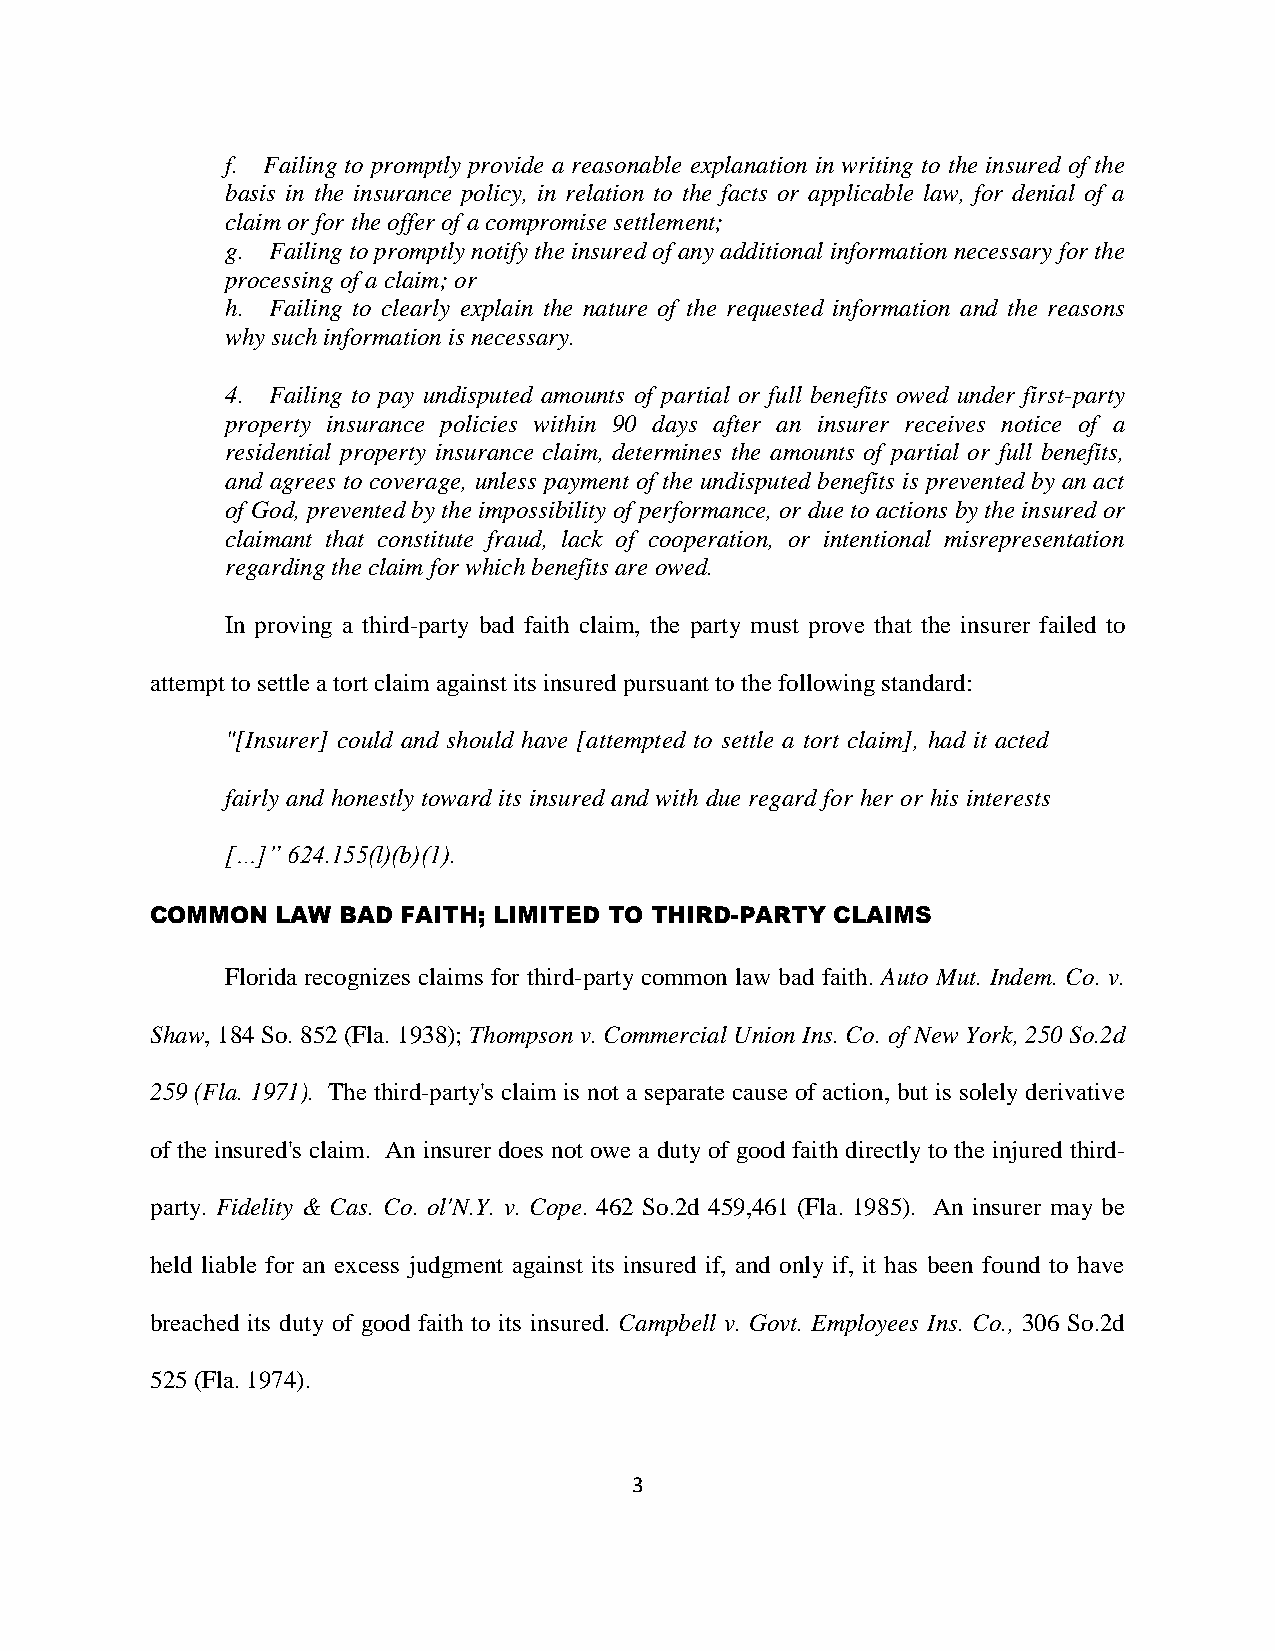
f. Failing to promptly provide a reasonable explanation in writing to the insured of the
 basis in the insurance policy, in relation to the facts or applicable law, for denial of a
 claim or for the offer of a compromise settlement;
 g. Failing to promptly notify the insured of any additional information necessary for the
 processing of a claim; or
 h. Failing to clearly explain the nature of the requested information and the reasons
 why such information is necessary.
 4. Failing to pay undisputed amounts of partial or full benefits owed under first-party
 property insurance policies within 90 days after an insurer receives notice of a
 residential property insurance claim, determines the amounts of partial or full benefits,
 and agrees to coverage, unless payment of the undisputed benefits is prevented by an act
 of God, prevented by the impossibility of performance, or due to actions by the insured or
 claimant that constitute fraud, lack of cooperation, or intentional misrepresentation
 regarding the claim for which benefits are owed.
 In proving a third-party bad faith claim, the party must prove that the insurer failed to
 attempt to settle a tort claim against its insured pursuant to the following standard:
 "[Insurer] could and should have [attempted to settle a tort claim], had it acted
 fairly and honestly toward its insured and with due regard for her or his interests
 […]” 624.155(l)(b)(1).
 COMMON  LAW  BAD FAITH; LIMITED TO THIRD-PARTY CLAIMS
 Florida recognizes claims for third-party common law bad faith. Auto Mut. Indem. Co. v.
 Shaw, 184 So. 852 (Fla. 1938); Thompson v. Commercial Union Ins. Co. of New York, 250 So.2d
 259 (Fla. 1971). The third-party's claim is not a separate cause of action, but is solely derivative
 of the insured's claim. An insurer does not owe a duty of good faith directly to the injured third-
 party. Fidelity & Cas. Co. ol'N.Y. v. Cope. 462 So.2d 459,461 (Fla. 1985). An insurer may be
 held liable for an excess judgment against its insured if, and only if, it has been found to have
 breached its duty of good faith to its insured. Campbell v. Govt. Employees Ins. Co., 306 So.2d
 525 (Fla. 1974).
 3